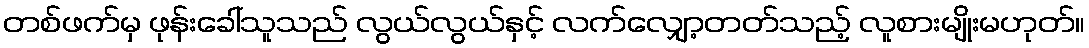
တစ်ဖက်မှ ဖုန်းခေါ်သူသည် လွယ်လွယ်နှင့် လက်လျှော့တတ်သည့် လူစားမျိုးမဟုတ်။